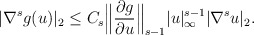
\begin{align*}|\nabla^s g(u)|_2\leq C_s\Big \|\frac{\partial g}{\partial u }\Big\|_{s-1}|u|^{s-1}_{\infty}|\nabla^s u|_{2}.\end{align*}